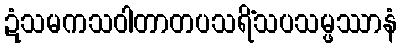
ဍံသမကသဝါတာတပသရိံသပသမ္ဖဿာနံ